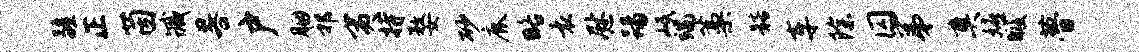
疆正茵臧晷户胭祁夷持婺砂鹿略袁慰踢岷端藁髂车除囚弟奠嬉暇瞢